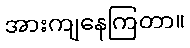
အားကျနေကြတာ။